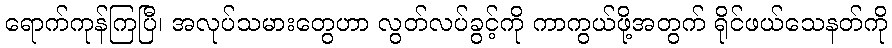
ရောက်ကုန်ကြပြီ၊ အလုပ်သမားတွေဟာ လွတ်လပ်ခွင့်ကို ကာကွယ်ဖို့အတွက် ရိုင်ဖယ်သေနတ်ကို